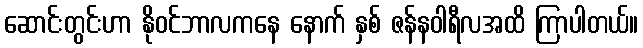
ဆောင်းတွင်းဟာ နိုဝင်ဘာလကနေ နောက် နှစ် ဇန်နဝါရီလအထိ ကြာပါတယ်။